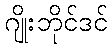
ဂျိုးဘိုင်ဒင်